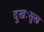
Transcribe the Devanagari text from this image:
दुखःसुख